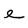
Character: e